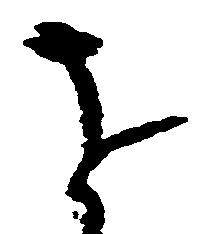
を